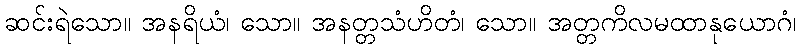
ဆင်းရဲသော။ အနရိယံ၊ သော။ အနတ္တသံဟိတံ၊ သော။ အတ္တကိလမထာနုယောဂံ၊